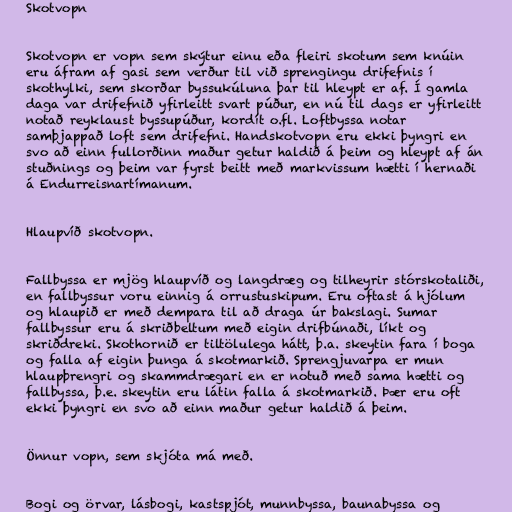
Skotvopn

Skotvopn er vopn sem skýtur einu eða fleiri skotum sem knúin
eru áfram af gasi sem verður til við sprengingu drifefnis í
skothylki, sem skorðar byssukúluna þar til hleypt er af. Í gamla
daga var drifefnið yfirleitt svart púður, en nú til dags er yfirleitt
notað reyklaust byssupúður, kordít o.fl. Loftbyssa notar
samþjappað loft sem drifefni. Handskotvopn eru ekki þyngri en
svo að einn fullorðinn maður getur haldið á þeim og hleypt af án
stuðnings og þeim var fyrst beitt með markvissum hætti í hernaði
á Endurreisnartímanum.

Hlaupvíð skotvopn.

Fallbyssa er mjög hlaupvíð og langdræg og tilheyrir stórskotaliði,
en fallbyssur voru einnig á orrustuskipum. Eru oftast á hjólum
og hlaupið er með dempara til að draga úr bakslagi. Sumar
fallbyssur eru á skriðbeltum með eigin drifbúnaði, líkt og
skriðdreki. Skothornið er tiltölulega hátt, þ.a. skeytin fara í boga
og falla af eigin þunga á skotmarkið. Sprengjuvarpa er mun
hlaupþrengri og skammdrægari en er notuð með sama hætti og
fallbyssa, þ.e. skeytin eru látin falla á skotmarkið. Þær eru oft
ekki þyngri en svo að einn maður getur haldið á þeim.

Önnur vopn, sem skjóta má með.

Bogi og örvar, lásbogi, kastspjót, munnbyssa, baunabyssa og